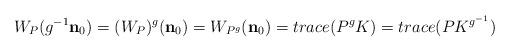
LaTeX: \begin{align*}W_{P}(g^{-1}\mathbf{n}_{0})=(W_{P})^{g}(\mathbf{n}_{0})=W_{P^{g}}(\mathbf{n}_{0})=trace(P^{g}K)=trace(PK^{g^{-1}})\end{align*}